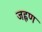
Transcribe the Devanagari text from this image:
जह्लण